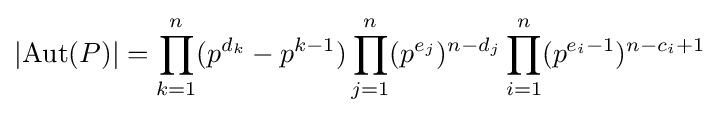
\left|\operatorname {Aut} (P)\right|=\prod _{k=1}^{n}(p^{d_{k}}-p^{k-1})\prod _{j=1}^{n}(p^{e_{j}})^{n-d_{j}}\prod _{i=1}^{n}(p^{e_{i}-1})^{n-c_{i}+1}